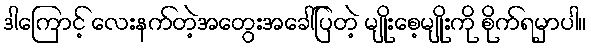
ဒါကြောင့် လေးနက်တဲ့အတွေးအခေါ်ပြတဲ့ မျိုးစေ့မျိုးကို စိုက်ရမှာပါ။